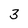
Character: 3